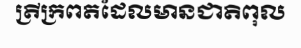
ត្រីក្រពតដែលមានជាតិពុល